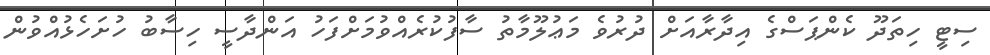
ސިޓީ ހިތަދޫ ކެންޕަސްގެ އިދާރާއަށް ދުރުވެ މަޢުލޫމާތު ސާފުކުރެއްވުމަށްފަހު އަންދާސީ ހިސާބު ހުށަހެޅުއްވުން